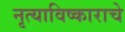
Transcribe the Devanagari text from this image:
नृत्याविष्काराचे